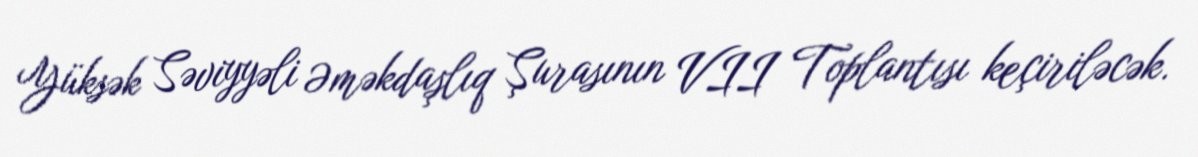
Yüksək Səviyyəli Əməkdaşlıq Şurasının VII Toplantısı keçiriləcək.